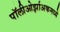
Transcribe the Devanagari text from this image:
पॉलीओर्झाअकमध्ये